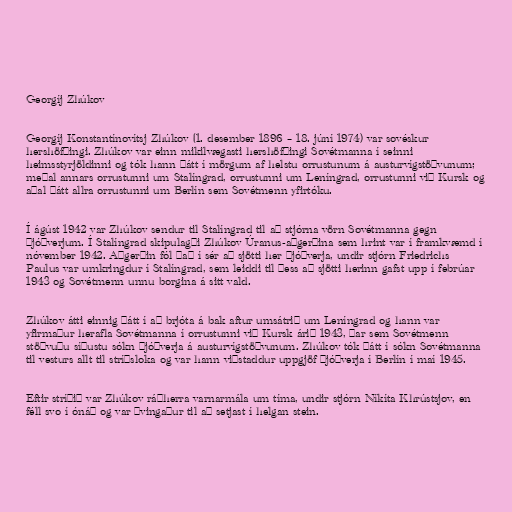
Georgíj Zhúkov

Georgíj Konstantínovítsj Zhúkov (1. desember 1896 – 18. júní 1974) var sovéskur
hershöfðingi. Zhúkov var einn mikilvægasti hershöfðingi Sovétmanna í seinni
heimsstyrjöldinni og tók hann þátt í mörgum af helstu orrustunum á austurvígstöðvunum;
meðal annars orrustunni um Stalíngrad, orrustunni um Leníngrad, orrustunni við Kursk og
aðal þátt allra orrustunni um Berlín sem Sovétmenn yfirtóku.

Í ágúst 1942 var Zhúkov sendur til Stalíngrad til að stjórna vörn Sovétmanna gegn
Þjóðverjum. Í Stalíngrad skipulagði Zhúkov Úranus-aðgerðina sem hrint var í framkvæmd í
nóvember 1942. Aðgerðin fól það í sér að sjötti her Þjóðverja, undir stjórn Friedrichs
Paulus var umkringdur í Stalíngrad, sem leiddi til þess að sjötti herinn gafst upp í febrúar
1943 og Sovétmenn unnu borgina á sitt vald.

Zhúkov átti einnig þátt í að brjóta á bak aftur umsátrið um Leníngrad og hann var
yfirmaður herafla Sovétmanna í orrustunni við Kursk árið 1943, þar sem Sovétmenn
stöðvuðu síðustu sókn Þjóðverja á austurvígstöðvunum. Zhúkov tók þátt í sókn Sovétmanna
til vesturs allt til stríðsloka og var hann viðstaddur uppgjöf Þjóðverja í Berlín í maí 1945.

Eftir stríðið var Zhúkov ráðherra varnarmála um tíma, undir stjórn Níkíta Khrústsjov, en
féll svo í ónáð og var þvingaður til að setjast í helgan stein.